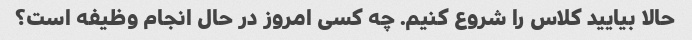
حالا بیایید کلاس را شروع کنیم. چه کسی امروز در حال انجام وظیفه است؟